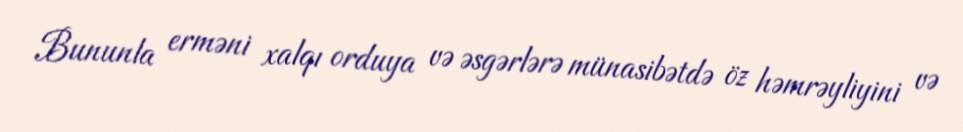
Bununla erməni xalqı orduya və əsgərlərə münasibətdə öz həmrəyliyini və